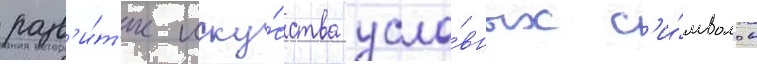
разв'и́т'ие иску́сства усло́вных с'и́мволов